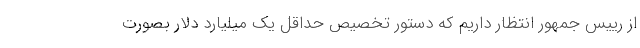
از رییس جمهور انتظار داریم که دستور تخصیص حداقل یک میلیارد دلار بصورت